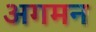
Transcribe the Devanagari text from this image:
अगमन